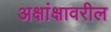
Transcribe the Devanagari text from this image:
अक्षांक्षावरील